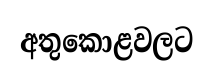
අතුකොළවලට